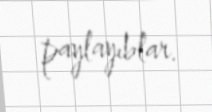
paylayıblar.